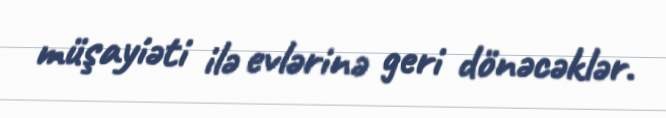
müşayiəti ilə evlərinə geri dönəcəklər.